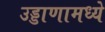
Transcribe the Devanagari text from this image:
उड्डाणामध्ये